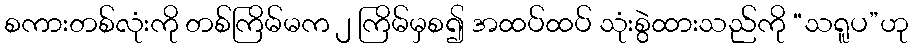
စကားတစ်လုံးကို တစ်ကြိမ်မက ၂ ကြိမ်မှစ၍ အထပ်ထပ် သုံးစွဲထားသည်ကို “သရူပ”ဟု